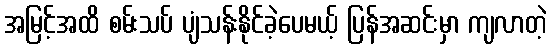
အမြင့်အထိ စမ်းသပ် ပျံသန်းနိုင်ခဲ့ပေမယ့် ပြန်အဆင်းမှာ ကျလာတဲ့